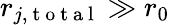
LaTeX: r_{j,\mathrm{~t~o~t~a~l~}}\gg r_{0}